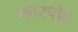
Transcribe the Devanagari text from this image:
कारपॉव